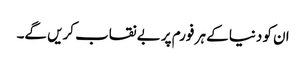
ان کو دنیا کے ہر فورم پر بے نقاب کریں گے۔